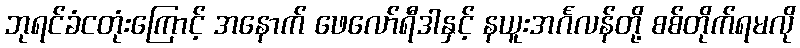
ဘုရင်ခံငတုံးကြောင့် အနောက် ဖေလော်ရီဒါနှင့် နယူးအင်္ဂလန်တို့ စစ်တိုက်ရမလို